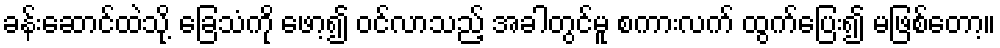
ခန်းဆောင်ထဲသို့ ခြေသံကို ဖော့၍ ဝင်လာသည့် အခါတွင်မူ စကားလက် ထွက်ပြေး၍ မဖြစ်တော့။